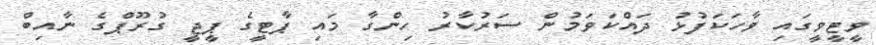
ވީޓީވީގައި ވާހަކަފުޅު ދައްކަވަމުން ސަރުކާރު ހިންގާ މައި ޕާޓީގެ ޕީޖީ ގުރޫޕްގެ ނާއިބް